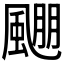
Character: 𱃅